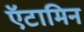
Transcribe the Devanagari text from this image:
ऍटामिन